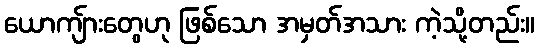
ယောကျ်ားတွေဟု ဖြစ်သော အမှတ်အသား ကဲ့သို့တည်း။